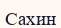
Сахин